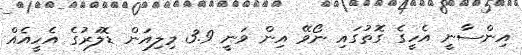
އިންސާނީ އެހީގެ ގޮތުގައި ނޯވޭ އިން ވަނީ 3.9 މިލިއަން ޑޮލަރުގެ އެހީއެއް